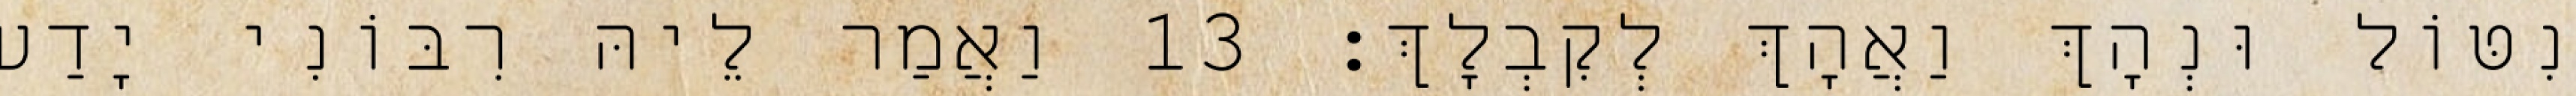
נִטּוֹל וּנְהָךְ וַאֲהָךְ לְקִבְלָךְ׃ 13 וַאֲמַר לֵיהּ רִבּוֹנִי יָדַע